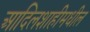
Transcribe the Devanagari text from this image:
आदिलशाहीमधील